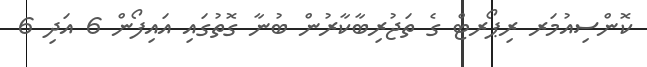
ކޮންސިއުމަރ ރިޕޯރޓް ގެ ތަޖުރިބާކާރުން ބުނާ ގޮތުގައި އައިފޯން 6 އަދި 6